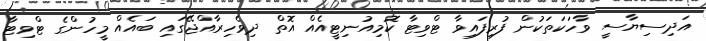
އަދިސިޔާސީ ވާހަކަތަކުން ފުރިފައިވާ ޓްވިޓާ ކޮމިއުނިޓީއެއް އޮތް ދިވެހިރާއްޖޭގައި ބައެއް މީހުންގެ ޓްވިޓާ